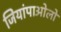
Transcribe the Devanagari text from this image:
जियांपाओलो